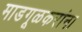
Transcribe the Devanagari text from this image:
माडगूळकरांना